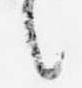
言